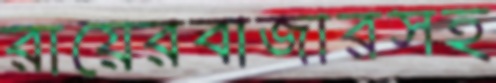
রায়েরবাজারসহ